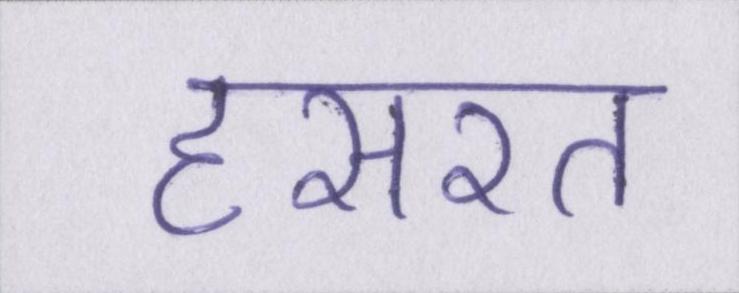
हसरत